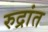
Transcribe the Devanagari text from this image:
रुद्रांत